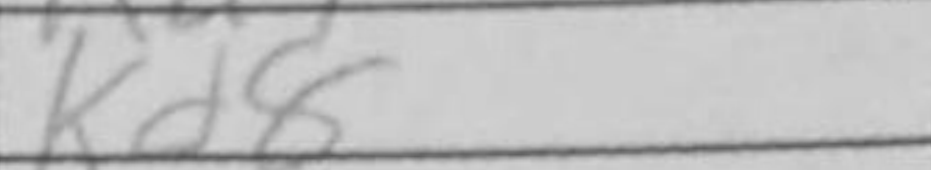
Transcription: Kd8